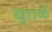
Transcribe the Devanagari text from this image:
खुराळे